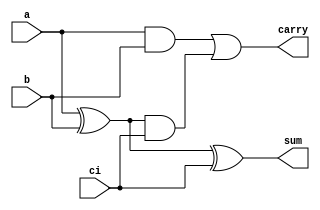
// Full adder
//

module fa(
	input a, b, ci,
	output sum, carry
	);

	wire ab, cs, sab;

	and G(ab, a, b);
	and P(cs, sab, ci);
	or CO(carry, ab, cs);
	xor S1(sab, a, b);
	xor S(sum, sab, ci);

endmodule